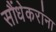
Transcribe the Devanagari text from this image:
सौंधेकरांना